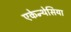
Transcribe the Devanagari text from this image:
एकेन्थेसिया